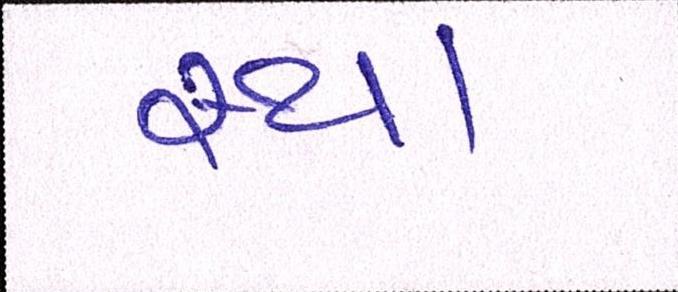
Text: સ્થા